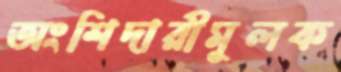
অংশিদারীমূলক